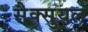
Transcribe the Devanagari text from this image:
सैक्सुयल